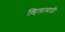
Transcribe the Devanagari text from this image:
व्हिलासाठी